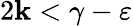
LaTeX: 2\mathbf{k}<\gamma-\varepsilon